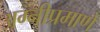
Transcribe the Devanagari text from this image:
अग्नीप्रमाणे